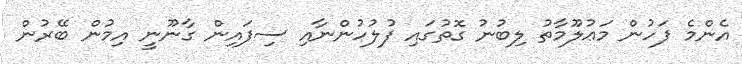
އެންމެ ފަހުން މަޢުލޫމާތު ލިބުނު ގޮތުގައި ފުލުހުންނާއި ސިފައިން ގާނޫނީ އިމުން ބޭރުން